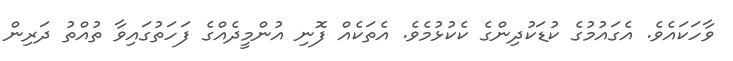
ވާހަކައެވެ. އެގައުމުގެ ކުޑަކުދިންގެ ކެކުޅުމެވެ. އެތަކެއް ފޮނި އުންމީދެއްގެ ފަހަތުގައިވާ ތުއްތު ދަރިން